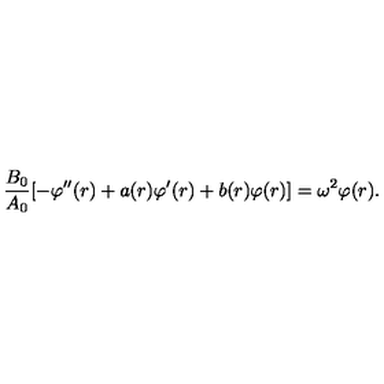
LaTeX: { \frac { B _ { 0 } } { A _ { 0 } } } [ - \varphi ^ { \prime \prime } ( r ) + a ( r ) \varphi ^ { \prime } ( r ) + b ( r ) \varphi ( r ) ] = \omega ^ { 2 } \varphi ( r ) .